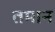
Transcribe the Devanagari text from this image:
तमान